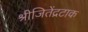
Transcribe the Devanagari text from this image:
श्रीजितेंद्रटाक